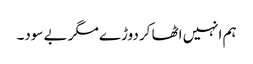
ہم انہیں اٹھا کر دوڑے مگر بے سود۔